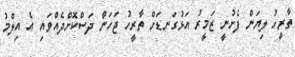
ތާރީހު ލިޔަން ފެށުނީ ޒަމީރު އަޅުގަނޑަށް ތާރީހު ޖަހަން ދަސްކޮށްދެއްވައި އެ އިލްމު